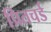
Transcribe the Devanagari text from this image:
प्रितचर्ड